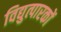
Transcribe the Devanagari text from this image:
विद्युत्पारकों